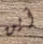
أين